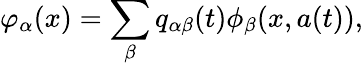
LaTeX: \varphi_{\alpha}(x)=\sum_{\beta}q_{\alpha\beta}(t)\phi_{\beta}(x,a(t)),